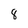
Character: 8